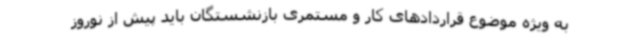
به ویژه موضوع قراردادهای کار و مستمری بازنشستگان باید پیش از نوروز